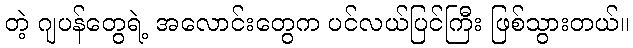
တဲ့ ဂျပန်တွေရဲ့ အလောင်းတွေက ပင်လယ်ပြင်ကြီး ဖြစ်သွားတယ်။